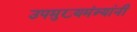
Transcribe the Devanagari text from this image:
उपमुख्यमंत्र्यांनी